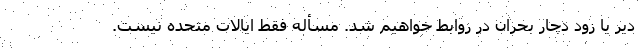
دیر یا زود دچار بحران در روابط خواهیم شد. مسأله فقط ایالات متحده نیست.